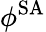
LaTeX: \phi^{\operatorname{SA}}